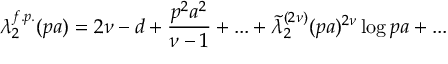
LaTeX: \lambda _ { 2 } ^ { f . p . } ( p a ) = 2 \nu - d + \frac { p ^ { 2 } a ^ { 2 } } { \nu - 1 } + . . . + \tilde { \lambda } _ { 2 } ^ { ( 2 \nu ) } ( p a ) ^ { 2 \nu } \log { p a } + . . .